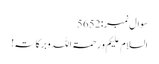
سوال نمبر:5652
السلام علیکم و رحمۃاللہ وبرکاتہ!